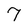
Character: 7